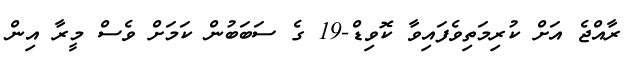
ރާއްޖެ އަށް ކުރިމަތިވެފައިވާ ކޮވިޑް-19 ގެ ސަބަބުން ކަމަށް ވެސް މީރާ އިން